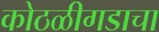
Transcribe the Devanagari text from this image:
कोठळीगडाचा